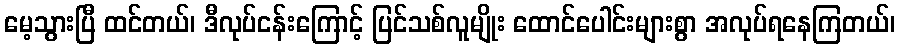
မေ့သွားပြီ ထင်တယ်၊ ဒီလုပ်ငန်းကြောင့် ပြင်သစ်လူမျိုး ထောင်ပေါင်းများစွာ အလုပ်ရနေကြတယ်၊